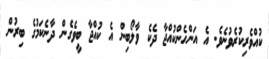
ކުއްވެރިކުރެވުނެވެ. އެ އަންހެންކުއްޖާ ދެކެ ވާލޯބިން އެ ކުއްޖާ ބީވެގެން ދާނެކަމުގެ ބިރުން